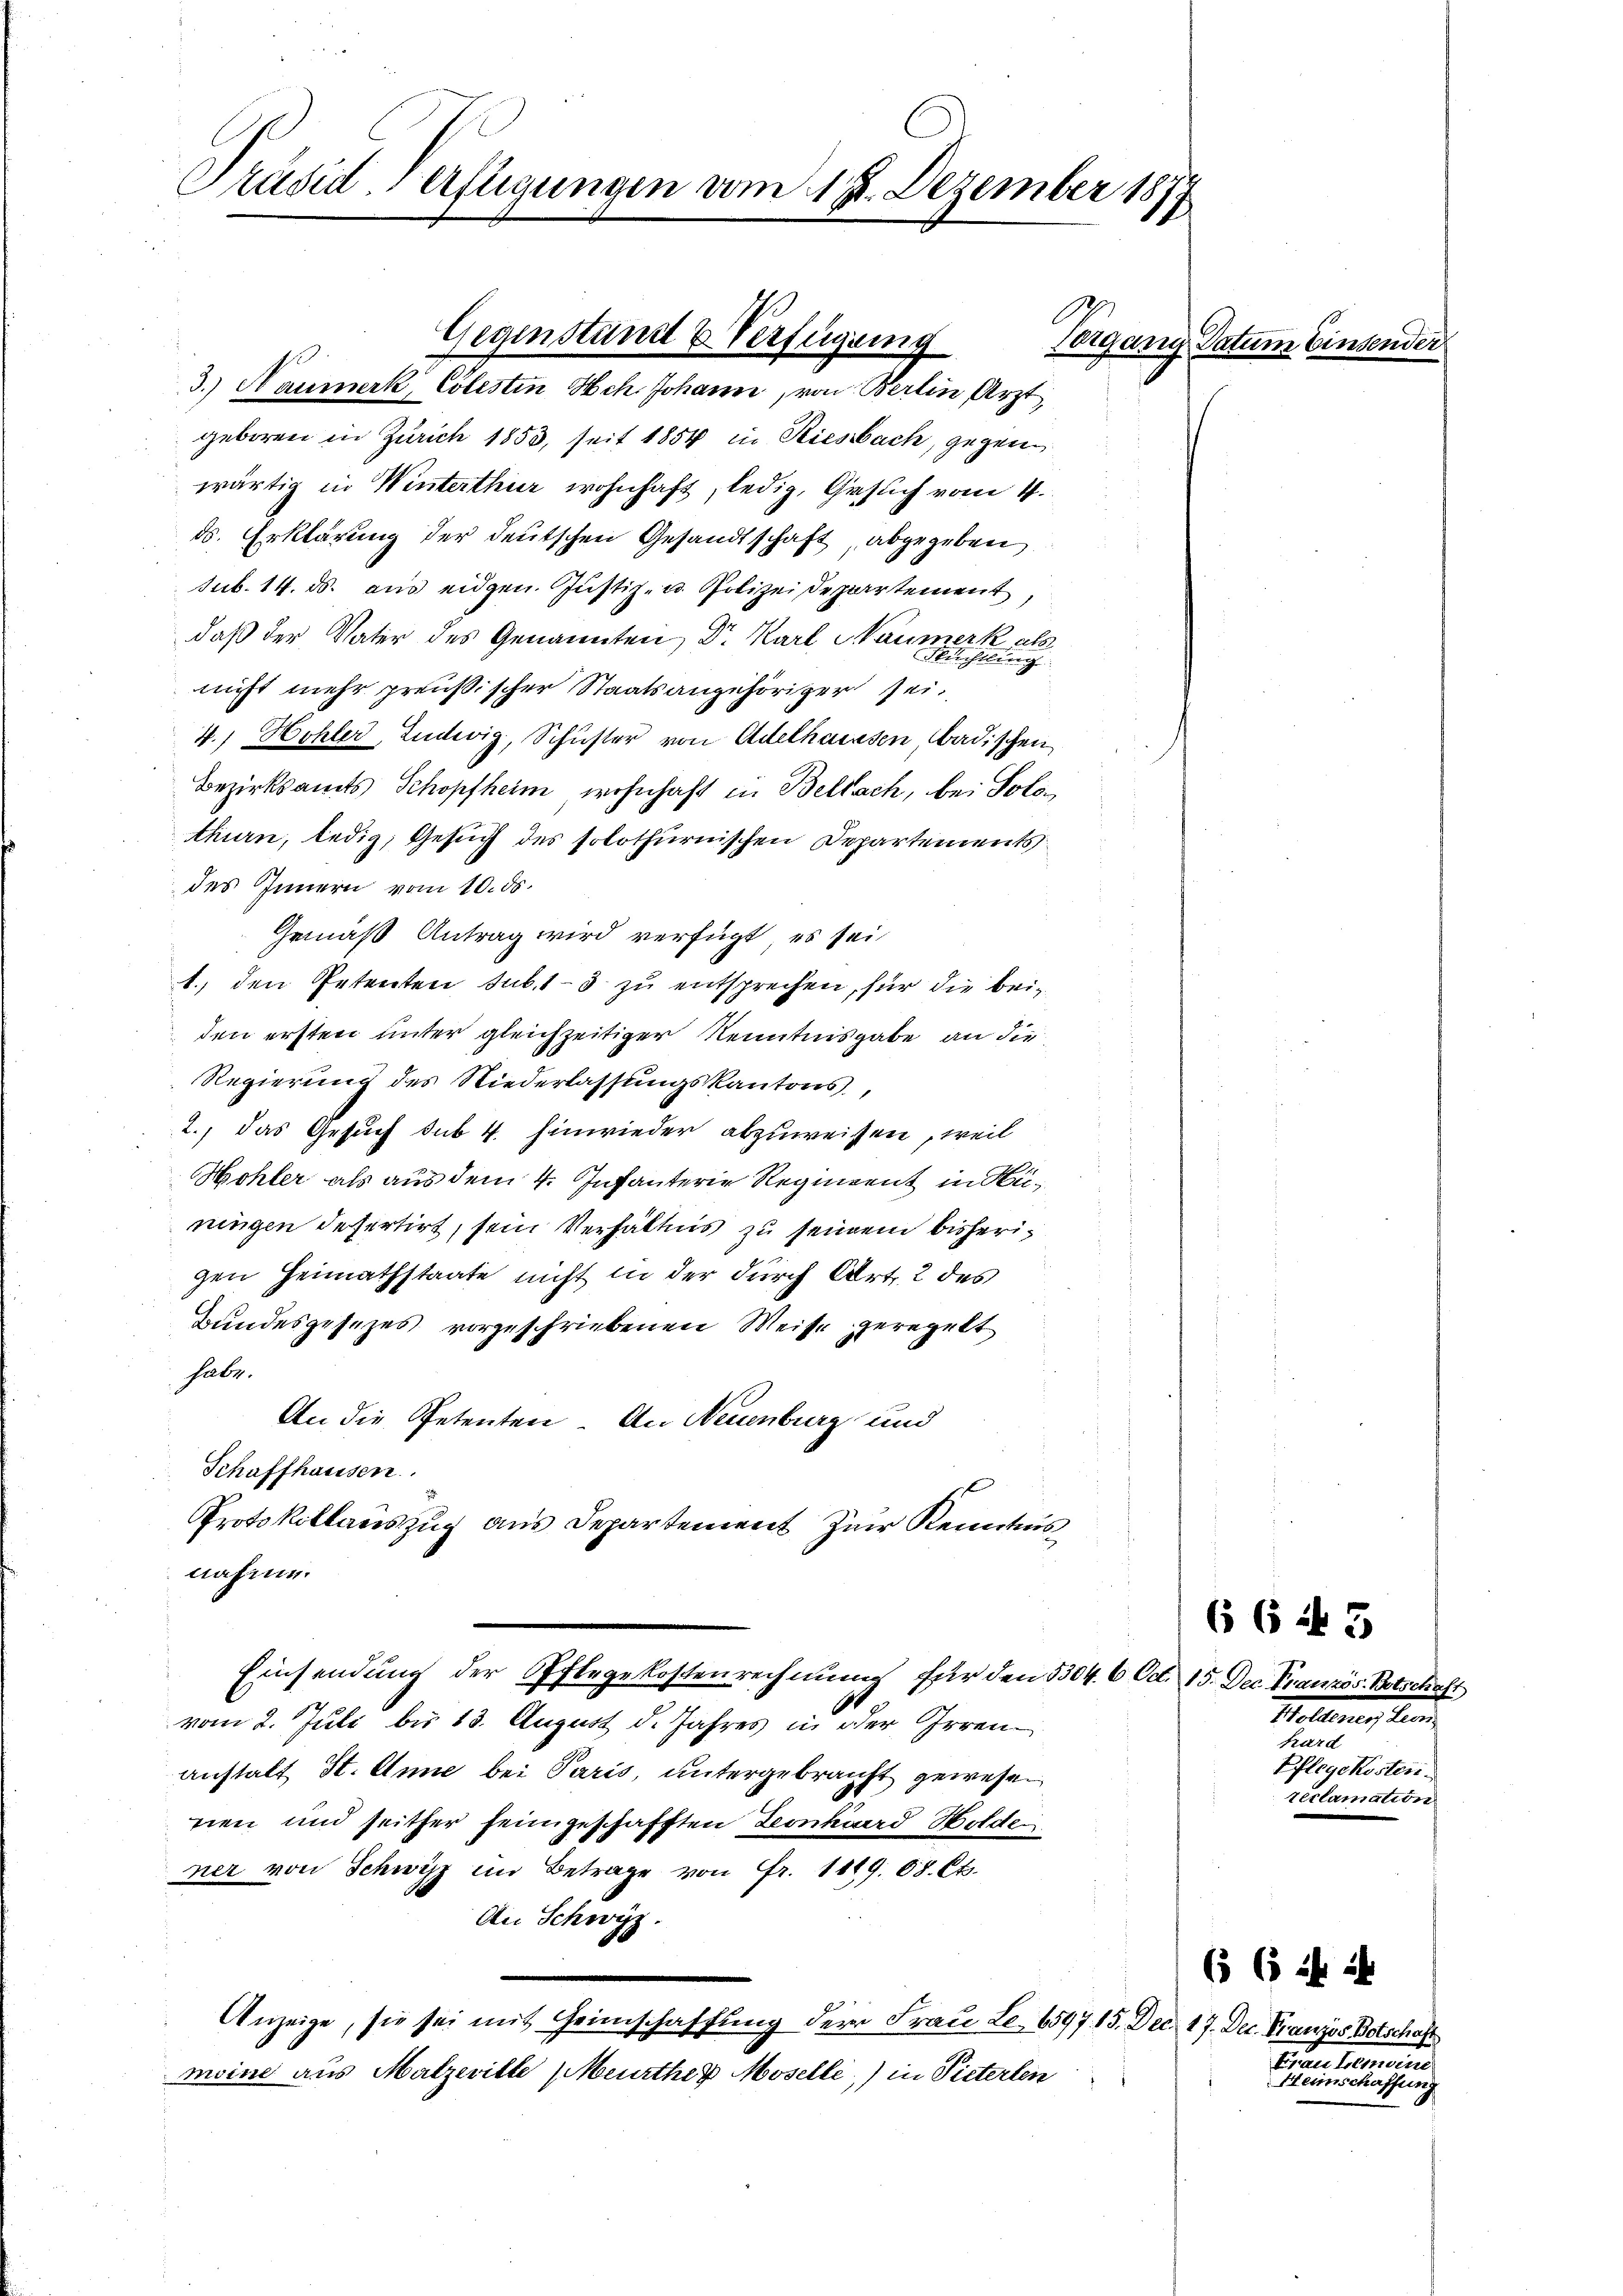
Präsiderfügungen vom 17. Dezember 1877

Gegenstand u Verfügung
3.) Naumerk, Cölestin Hch. Johann, von Berlin Arzt,

geboren in Zürich 1853, seit 1854 in Riesbach, gegen
wärtig in Winterthur wohnhaft, ledig, Gesuch vom 4.
ds. Erklärung der deutschen Gesandtschaft, abgegeben
sub. 14. ds. aus eidgen. Justiz- u. Polizei Departement,
daß der Vater des Genannten, Dr. Karl Naumerk a
nicht mehr preußischer Staatsangehöriger sei.
4. Hohler, Ludwig, Schuster von Adelhausen, badischen
Bezirksamts Schopfheim wohnhaft in Bellach, bei Solothurn, ledig, Gesuch des solothurnischen Departements
des Innern vom 10. ds.
Gemäß Antrag wird verfügt, es sei
1. den Petenten sub 1-3 zu entsprechen, für die beiden ersten unter gleichzeitiger Kenntnisgabe an die
Regierung des Niederlassungskantons
2., das Gesuch sub 4 hinwieder abzuweisen, weil
Hohler als aus dem 4. Infanterie Regiment in Rüningen defertirt, sein Verhältnis zu seinem bisherigen Heimathstaate nicht in der durch Art. 2 des
Bundesgesezes vorgeschriebenen Weise geregelt
habe.
An die Petenten. An Neuenburg und
Schaffhausen
Protokollauszug aus Departement zur Kenntnis
nahme.
Einsendung der Pflegekostenrechnung für den 1304. 6 Oct. 15. Dec. Französ. Betschaft
vom 2. Juli bis 13. August d. Jahres in der Irrenanstalt St. Anne bei Paris, untergebracht gewesen
nen und seither heimgeschafften Leonhard Wolde
ner von Schwyz im Betrage von Fr. 1889. 68. Cts.
An Schwyz.
Anzeige, sie sei mit Heimschaffung der Frau Le. 6597. 15. 2
moine aus Malzeville (Meurther Moselle) in Pieterten

Vorgang Datum Einsende

Atelierung, Land
hard
Pflegekosten.
reclamation

66 f 5

ec. 17. Dec. Französ. Botschafts
Finellemand
Heimschaffung

6 6 f 2